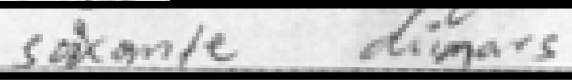
soixante dinars